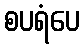
စပရံပေ